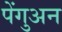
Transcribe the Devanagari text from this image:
पेंगुअन